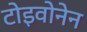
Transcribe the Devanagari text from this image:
टोइवोनेन